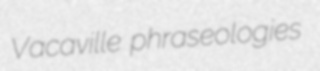
Vacaville phraseologies